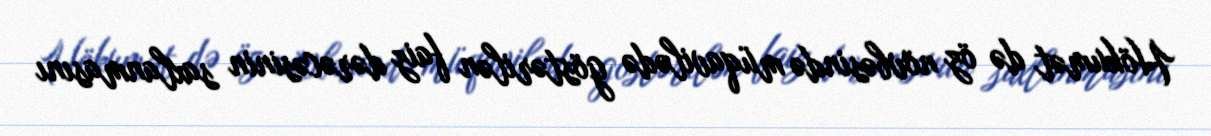
Hökumət də öz növbəsində müqavilədə göstərilən faiz dərəcəsinin saxlanmasını